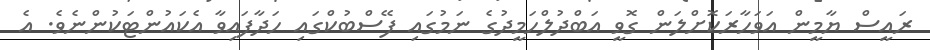
ރައީސް ޔާމީން އަވަހާރަކޮށްލަން ގޮވީ އަބްދުލްހަމީދުގެ ނަމުގައި ފޭސްބުކްގައި ހަދާފައިވާ އެކައުންޓަކުންނެވެ. އެ